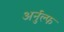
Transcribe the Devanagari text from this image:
अर्नुल्फ